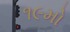
૧૯મો